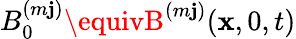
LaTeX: {B}_{0}^{(m\mathbf{j})}\equivB^{(m\mathbf{j})}(\mathbf{{x}},0,t)